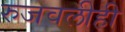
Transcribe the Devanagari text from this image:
रुजवलीही